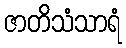
ဇာတိသံသာရံ